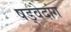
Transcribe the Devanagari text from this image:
षड्वेदांग